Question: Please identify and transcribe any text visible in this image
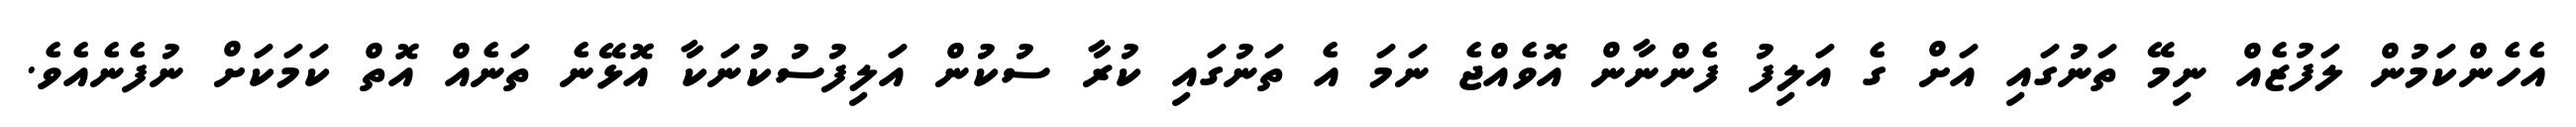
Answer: އެހެންކަމުން ލަފުޒެއް ނިމޭ ތަނުގައި އަށް ގެ އަލިފު ފެންނާން އޮވެއްޖެ ނަމަ އެ ތަނުގައި ކުރާ ސުކުން އަލިފުސުކުނަކާ އޮޅޭނެ ތަނެއް އޮތް ކަމަކަށް ނުފެނެއެވެ.